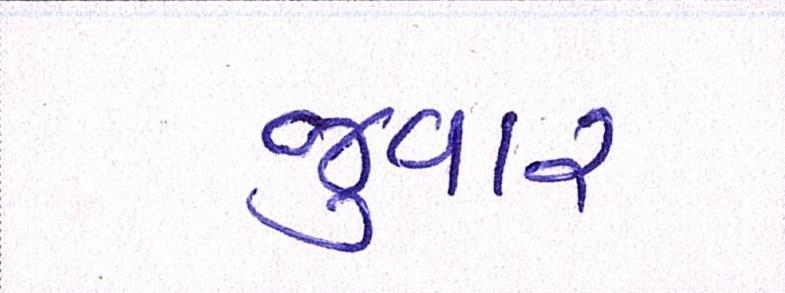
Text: જુવાર